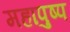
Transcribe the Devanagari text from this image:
महापुष्प